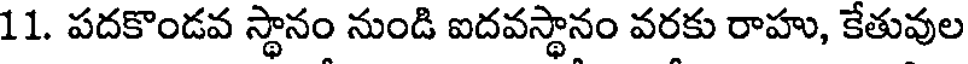
11. పదకొండవ స్థానం నుండి ఐదవస్థానం వరకు రాహు, కేతువుల